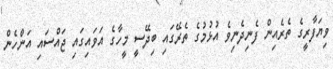
ވިޔަފާރީގެ ތެރެއިން ފެނިދެނިވެ އުޅުމުގެ ތެރޭގައި ބިދޭސީ މީހާގެ އަވައިގައި ޖައްސައި އަންހެން